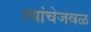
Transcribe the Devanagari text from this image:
त्यांचेजवळ